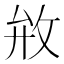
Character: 𰕇